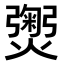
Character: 𭶡